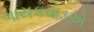
ગાયકવાડએ